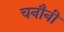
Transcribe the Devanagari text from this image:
चनौनी